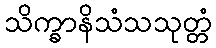
သိက္ခာနိသံသသုတ္တံ